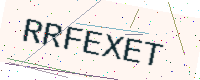
Text: RRFEXET